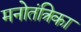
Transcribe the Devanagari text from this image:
मनोतंत्रिका